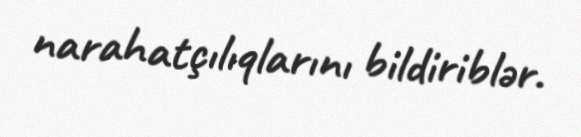
narahatçılıqlarını bildiriblər.